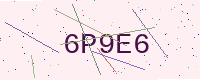
Text: 6P9E6